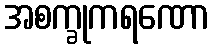
အစက္ခုကရဏော